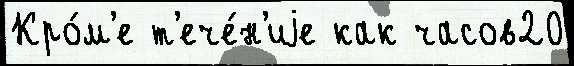
Кро́м'е т'ече́н'иjе как часов20